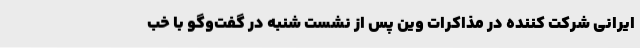
ایرانی شرکت کننده در مذاکرات وین پس از نشست شنبه در گفت‌وگو با خب